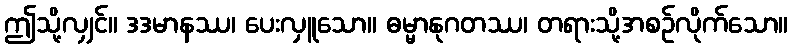
ဤသို့လျှင်။ ဒဒမာနဿ၊ ပေးလှူသော။ ဓမ္မာနုဂတဿ၊ တရားသို့အစဉ်လိုက်သော။